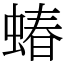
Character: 蝽